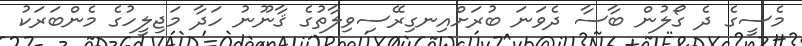
މެސީގެ ދެ ގޯލުން ބާސާ ދެވަނަ ބުރަށްއިނގިރޭސިވިލާތުގެ ޤާނޫނު ހަދާ މަޖިލީހުގެ މެންބަރަކު